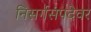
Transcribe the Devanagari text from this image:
निसर्गसंपदेवर